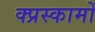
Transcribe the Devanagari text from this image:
क्प्रस्कामों